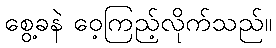
စွေ့ခနဲ ဝေ့ကြည့်လိုက်သည်။